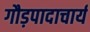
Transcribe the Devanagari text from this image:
गौड़पादाचार्य